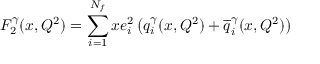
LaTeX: F _ { 2 } ^ { \gamma } ( x , Q ^ { 2 } ) = \sum _ { i = 1 } ^ { N _ { f } } x e _ { i } ^ { 2 } \left( q _ { i } ^ { \gamma } ( x , Q ^ { 2 } ) + { \overline { { { q } } } } _ { i } ^ { \gamma } ( x , Q ^ { 2 } ) \right)